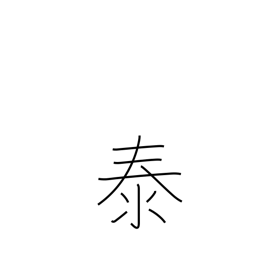
Meaning: peace